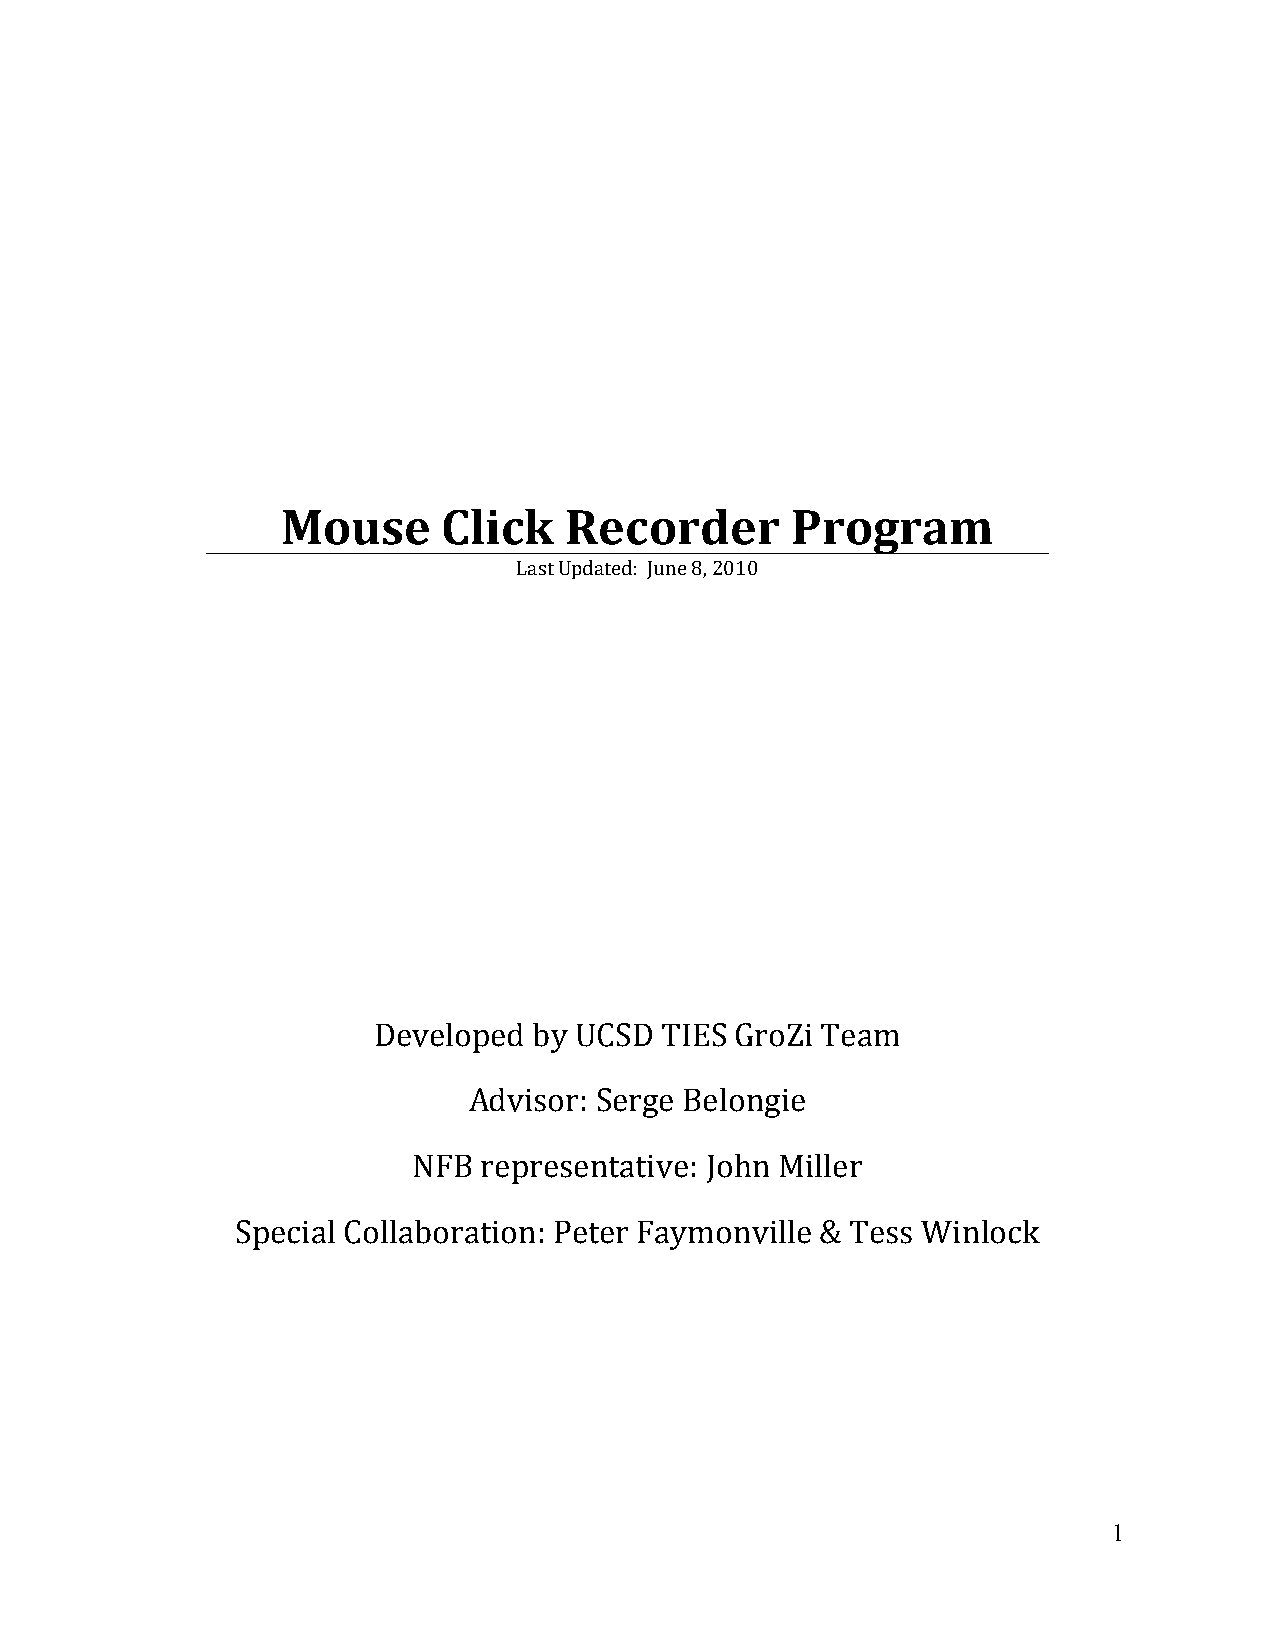
Mouse     Click   Recorder       Program
 Last Updated: June 8, 2010
 Developed by UCSD  TIES GroZi Team
 Advisor: Serge Belongie
 NFB  representative: John Miller
 Special Collaboration: Peter Faymonville & Tess Winlock
 1